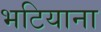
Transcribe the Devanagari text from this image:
भटियाना